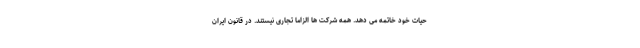
حیات خود خاتمه می دهد. همه شرکت ها الزاما تجاری نیستند. در قانون ایران